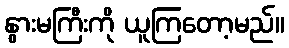
နွားမကြီးကို ယူကြတော့မည်။